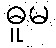
ဓူမ